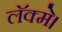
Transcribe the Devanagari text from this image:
लॅक्मे।